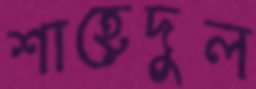
শাহেদুল